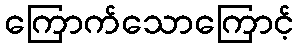
ကြောက်သောကြောင့်